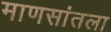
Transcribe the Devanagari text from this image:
माणसांतला